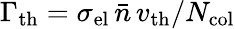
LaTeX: \Gamma_{\mathrm{th}}=\sigma_{\mathrm{el}}\, \bar{n}\, v_{\mathrm{th}}/N_{\mathrm{col}}